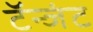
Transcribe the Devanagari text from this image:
टॅन्जंट